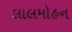
લાલમોહન